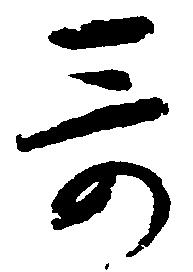
哥